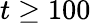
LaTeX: t\ge 100